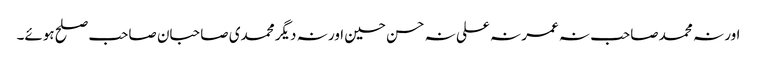
اور نہ محمد صاحب نہ عمر نہ علی نہ حسن حسین اور نہ دیگر محمدی صاحبان صاحب صلح ہوئے۔